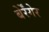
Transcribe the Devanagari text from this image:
बेर्रेंगेर